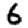
Digit: 6